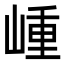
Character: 𡺍